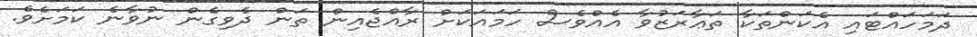
ދަމަހައްޓައި އެކަންތަކާ ތަޢާރަޒުވާ އެއްވެސް ހަމައަކަށް ރާއްޖެއިން ތަން ދެވިގެން ނުވާނެ ކަމަށެވެ.